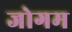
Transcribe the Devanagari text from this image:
जोगम